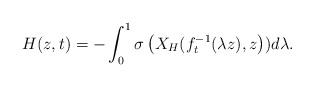
\begin{align*}H(z,t)=-\int_{0}^{1}\sigma\left( X_{H}(f_{t}^{-1}(\lambda z),z\right))d\lambda. \end{align*}